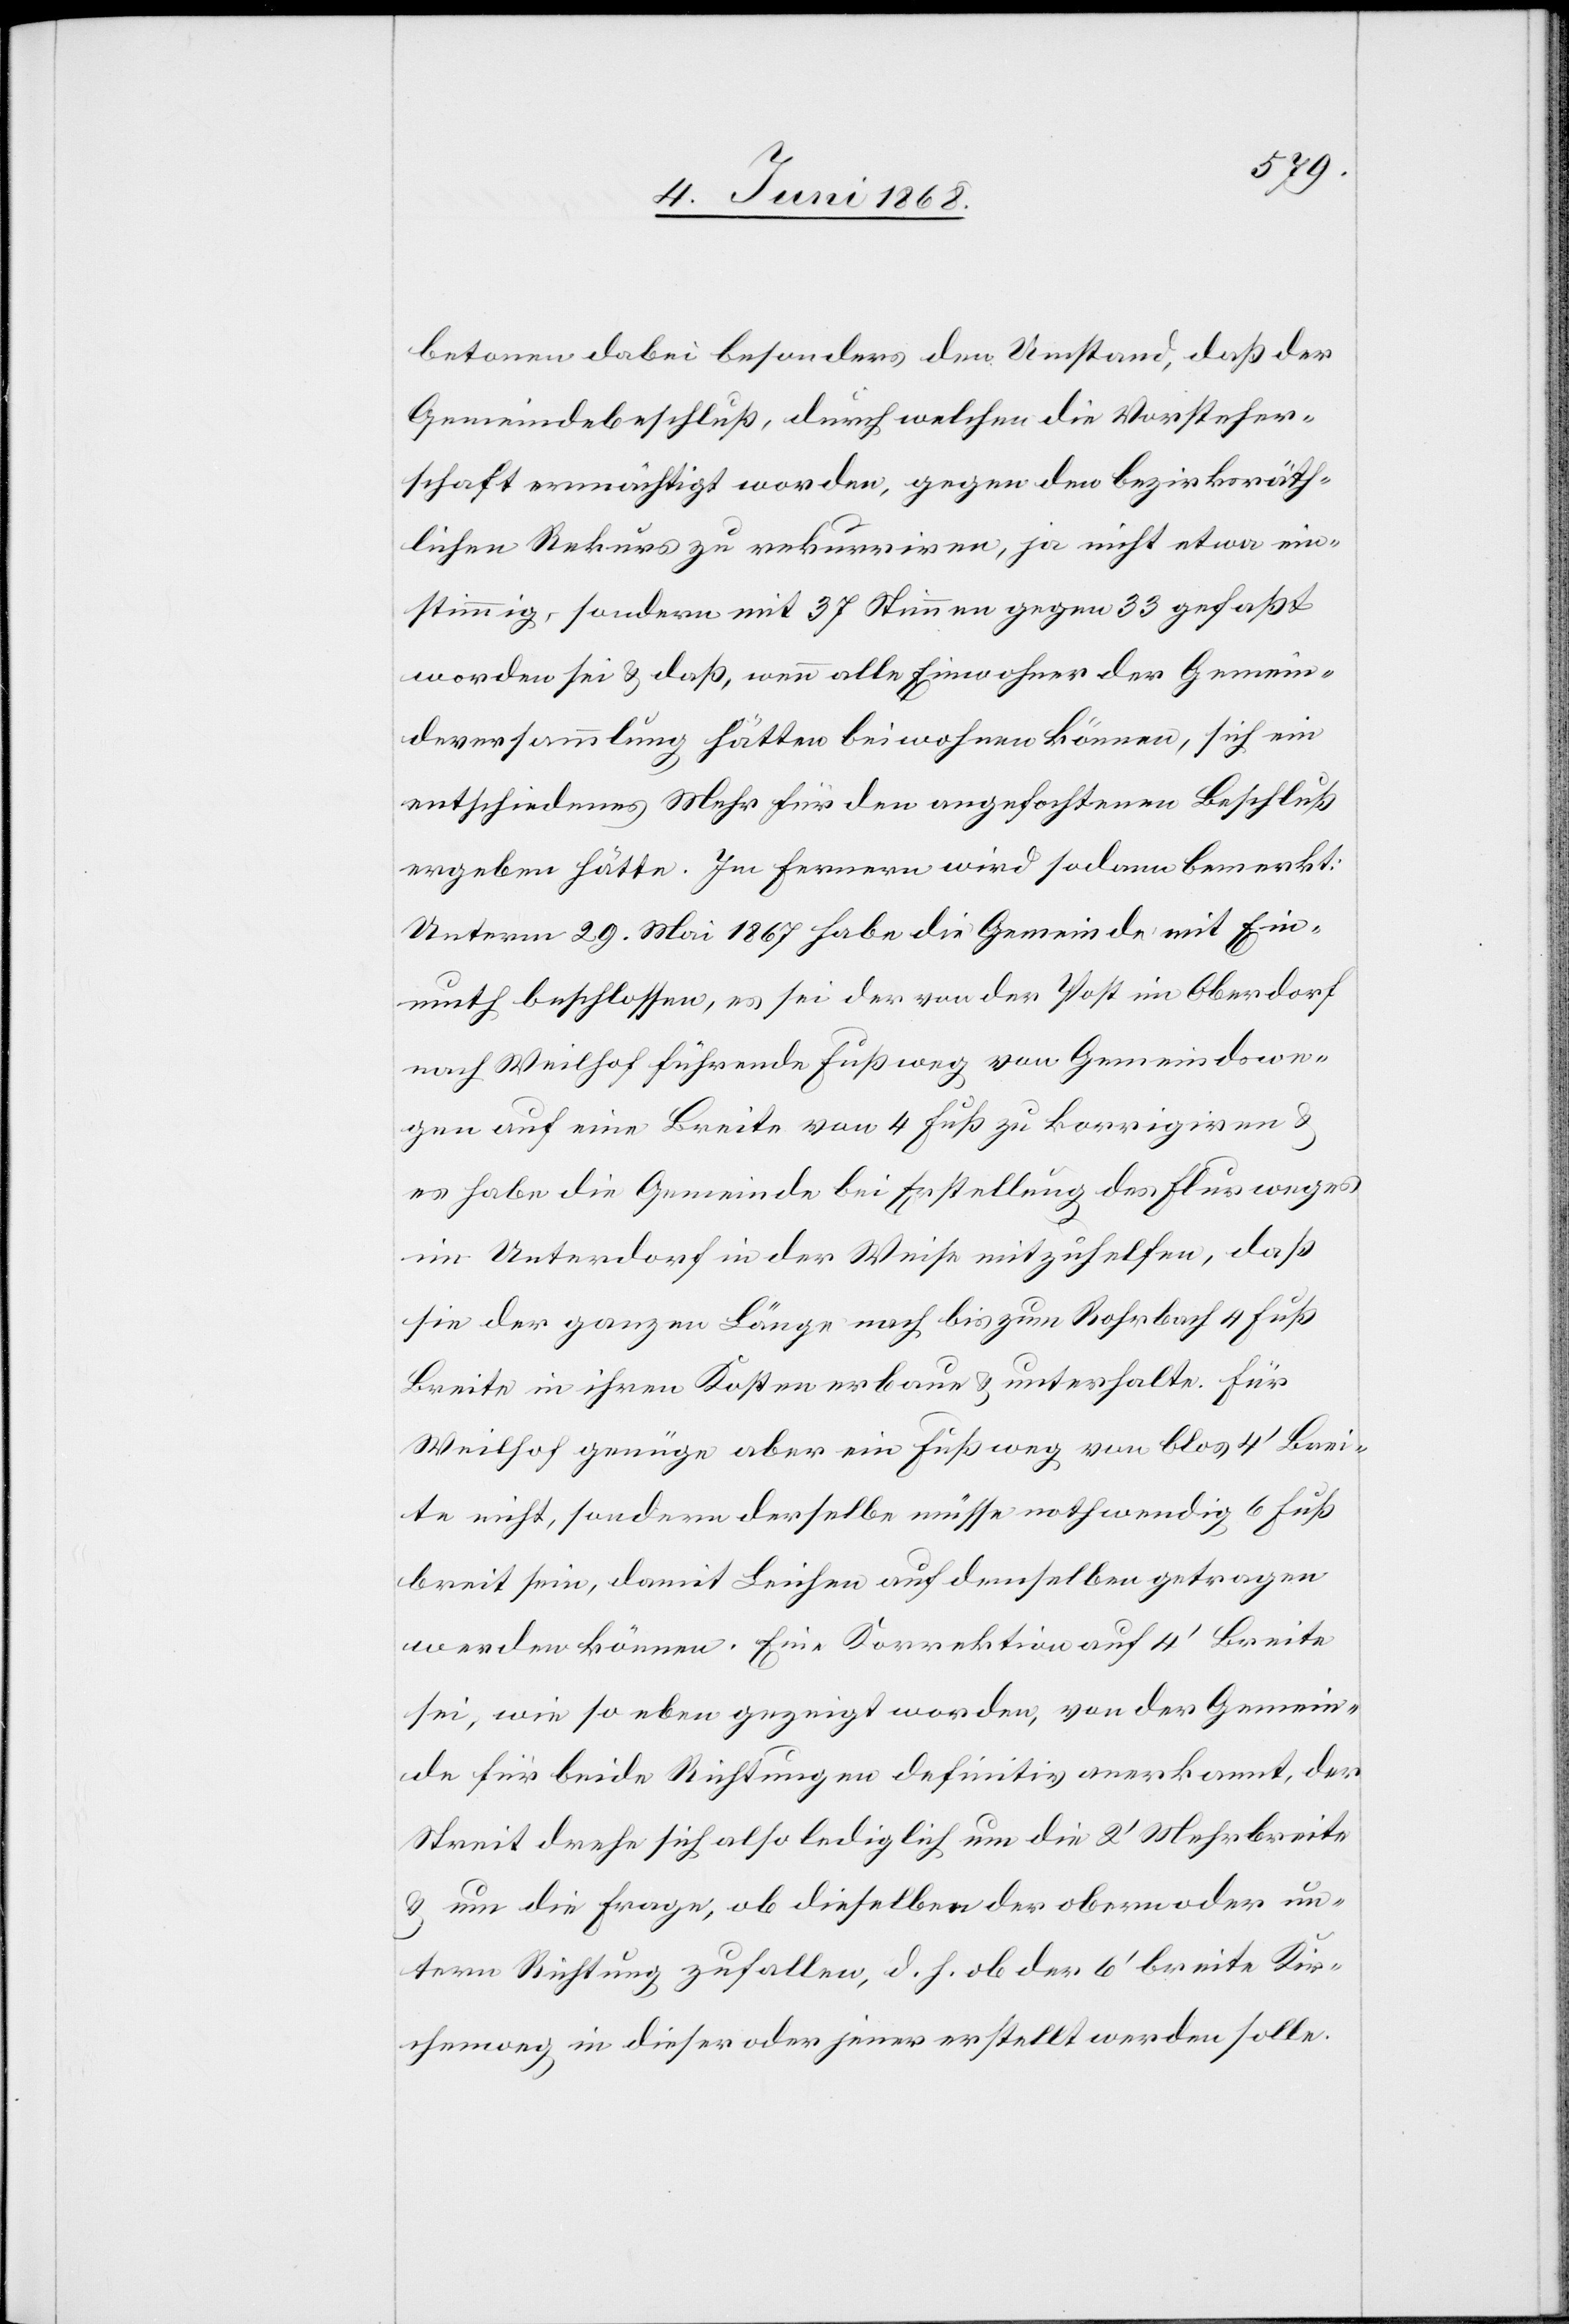
betonen dabei besonders den Umstand, daß der
Gemeindebeschluß, durch welchen die Vorsteher¬
schaft ermächtigt worden, gegen den bezirksräth¬
lichen Rekurs zu rekurriren, ja nicht etwa ein¬
stimmig, sondern mit 37 Stimmen gegen 33 gefaßt
worden sei & daß, wenn alle Einwohner der Gemein¬
deversammlung hätten beiwohnen können, sich ein
entschiedenes Mehr für den angefochtenen Beschluß
ergeben hätte. Im Fernern wird sodann bemerkt:
Unterm 29. Mai 1867 habe die Gemeinde mit Ein¬
muth beschlossen, es sei der von der Post im Oberdorf
nach Weilhof führende Fußweg von Gemeindswe¬
gen auf eine Breite von 4 Fuß zu korrigiren &
es habe die Gemeinde bei Erstellung des Flurweges
im Unterdorf in der Weise mitzuhelfen, daß
sie der ganzen Länge nach bis zum Rohrbach 4 Fuß
Breite in ihren Kosten erbaue & unterhalte. Für
Weilhof genüge aber ein Fußweg von blos 4‘ Brei¬
te nicht, sondern derselbe müsse nothwendig 6 Fuß
breit sein, damit Leichen auf demselben getragen
werden können. Eine Korrektion auf 4‘ Breite
sei, wie so eben gezeigt worden, von der Gemein¬
de für beide Richtungen definitiv anerkannt, der
Streit drehe sich also lediglich um die 2‘ Mehrbreite
& um die Frage, ob dieselben der obern oder un¬
tern Richtung zufallen, d. h. ob der 6‘ breite Kir¬
chenweg in dieser oder jener erstellt werden solle.